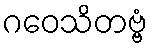
ဂဝေသိတဗ္ဗံ